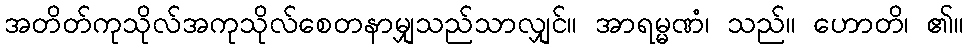
အတိတ်ကုသိုလ်အကုသိုလ်စေတနာမျှသည်သာလျှင်။ အာရမ္မဏံ၊ သည်။ ဟောတိ၊ ၏။